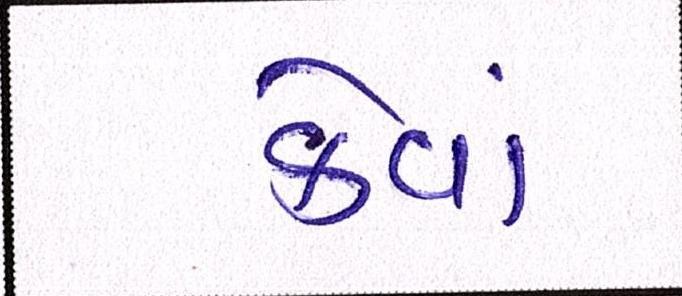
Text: કેવાં